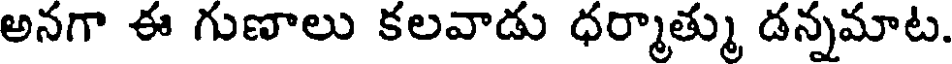
అనగా ఈ గుణాలు కలవాడు ధర్మాత్ము డన్నమాట.